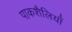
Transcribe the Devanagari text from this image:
पाकशैलियाँ